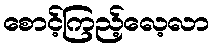
စောင့်ကြည့်လေ့လာ